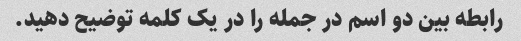
رابطه بین دو اسم در جمله را در یک کلمه توضیح دهید.